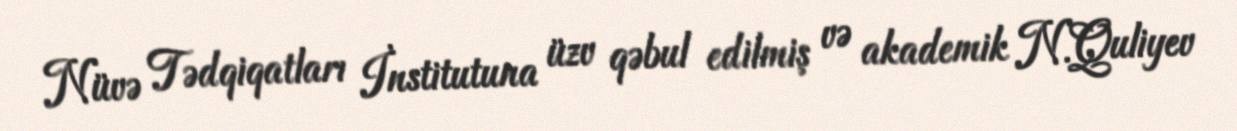
Nüvə Tədqiqatları İnstitutuna üzv qəbul edilmiş və akademik N.Quliyev